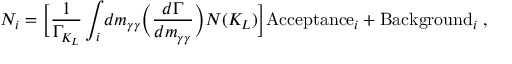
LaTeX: N _ { i } = \biggl [ { \frac { 1 } { \Gamma _ { K _ { L } } } } \int _ { i } d m _ { \gamma \gamma } \biggl ( { \frac { d \Gamma } { d m _ { \gamma \gamma } } } \biggr ) N ( K _ { L } ) \biggr ] \mathrm { A c c e p t a n c e } _ { i } + \mathrm { B a c k g r o u n d } _ { i } \; ,